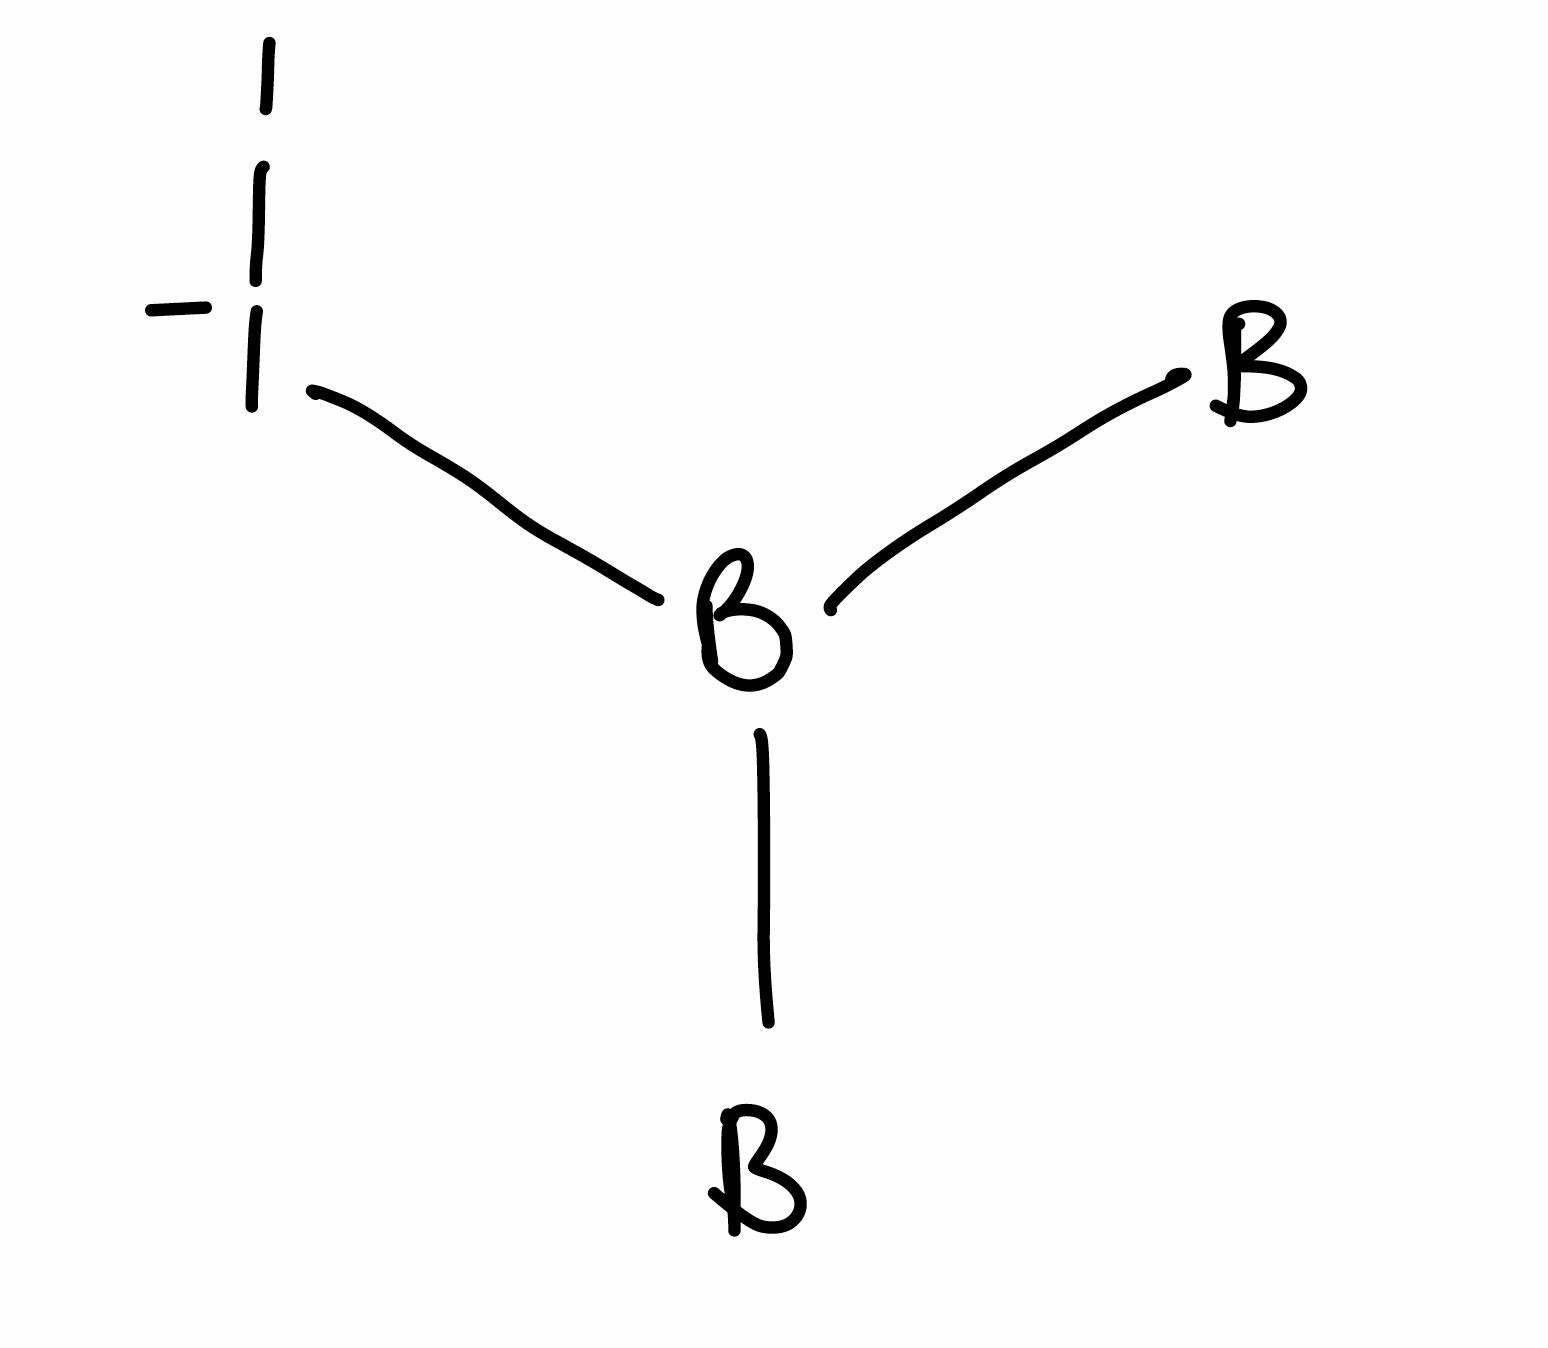
Simplified molecular-input line-entry system (SMILES) notation of the given molecule:
[B]B([B])[I-]I